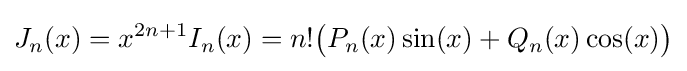
J_{n}(x)=x^{2n+1}I_{n}(x)=n!{\bigl (}P_{n}(x)\sin(x)+Q_{n}(x)\cos(x){\bigr )}